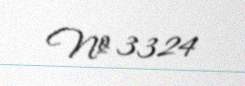
№ 3324